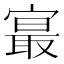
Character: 𪧨